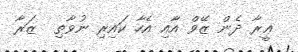
ޢީރާ ދެން ޒޭވް އާއި އެހާ ކައިރި ނުވާތި  ޒަރާ